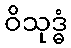
ဝိသုဒ္ဓံ